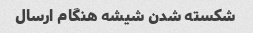
شکسته شدن شیشه هنگام ارسال